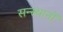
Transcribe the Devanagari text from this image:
सन्स्थानों